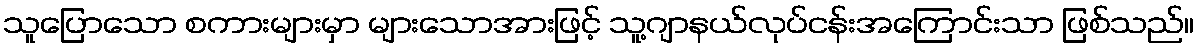
သူပြောသော စကားများမှာ များသောအားဖြင့် သူ့ဂျာနယ်လုပ်ငန်းအကြောင်းသာ ဖြစ်သည်။